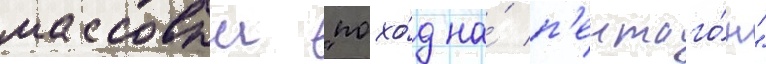
массовыи "похо́д на́ п'ентаго́н"